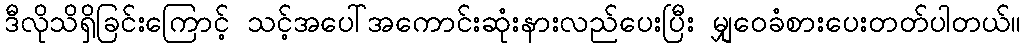
ဒီလိုသိရှိခြင်းကြောင့် သင့်အပေါ်အကောင်းဆုံးနားလည်ပေးပြီး မျှဝေခံစားပေးတတ်ပါတယ်။